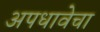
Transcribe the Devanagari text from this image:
अपधावेचा